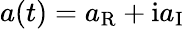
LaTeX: a(t)=a_{\mathrm{R}}+\mathrm{i}a_{\mathrm{I}}